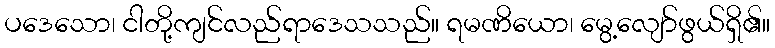
ပဒေသော၊ ငါတို့ကျင်လည်ရာဒေသသည်။ ရမဏိယော၊ မွေ့လျော်ဖွယ်ရှိ၏။